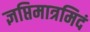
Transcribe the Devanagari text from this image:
ज्ञप्तिमात्रमिदं